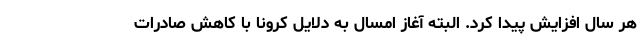
هر سال افزایش پیدا کرد. البته آغاز امسال به دلایل کرونا با کاهش صادرات